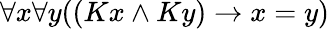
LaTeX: \forall x\forall y((Kx\land Ky)\rightarrow x=y)